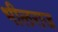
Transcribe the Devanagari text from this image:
भीलराज